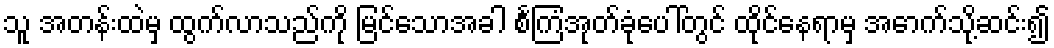
သူ အတန်းထဲမှ ထွက်လာသည်ကို မြင်သောအခါ စင်္ကြံအုတ်ခုံပေါ်တွင် ထိုင်နေရာမှ အောက်သို့ဆင်း၍